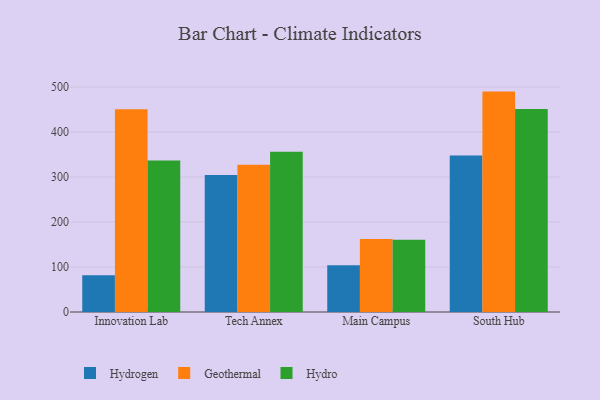
{"axis": {"x": "Campus", "y": "Latency (ms)"}, "legend": ["Geothermal", "Hydro", "Hydrogen"], "data": [{"x": "Innovation Lab", "y": 81.5, "type": "Hydrogen"}, {"x": "Innovation Lab", "y": 450.5, "type": "Geothermal"}, {"x": "Innovation Lab", "y": 336.8, "type": "Hydro"}, {"x": "Tech Annex", "y": 304.6, "type": "Hydrogen"}, {"x": "Tech Annex", "y": 327.3, "type": "Geothermal"}, {"x": "Tech Annex", "y": 356.1, "type": "Hydro"}, {"x": "Main Campus", "y": 103.9, "type": "Hydrogen"}, {"x": "Main Campus", "y": 162.1, "type": "Geothermal"}, {"x": "Main Campus", "y": 160.6, "type": "Hydro"}, {"x": "South Hub", "y": 348.1, "type": "Hydrogen"}, {"x": "South Hub", "y": 489.9, "type": "Geothermal"}, {"x": "South Hub", "y": 451.5, "type": "Hydro"}]}